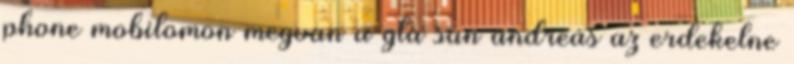
phone mobilomon megvan a gta san andreas az erdekelne